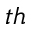
^ { t h }